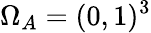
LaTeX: \Omega_{A}=(0,1)^{3}